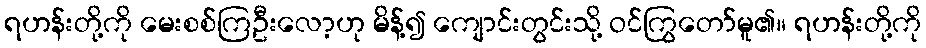
ရဟန်းတို့ကို မေးစစ်ကြဦးလော့ဟု မိန့်၍ ကျောင်းတွင်းသို့ ဝင်ကြွတော်မူ၏။ ရဟန်းတို့ကို